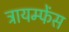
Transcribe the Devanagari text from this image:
ट्रायम्फेंस